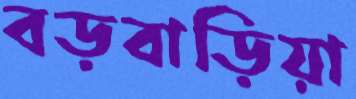
বড়বাড়িয়া